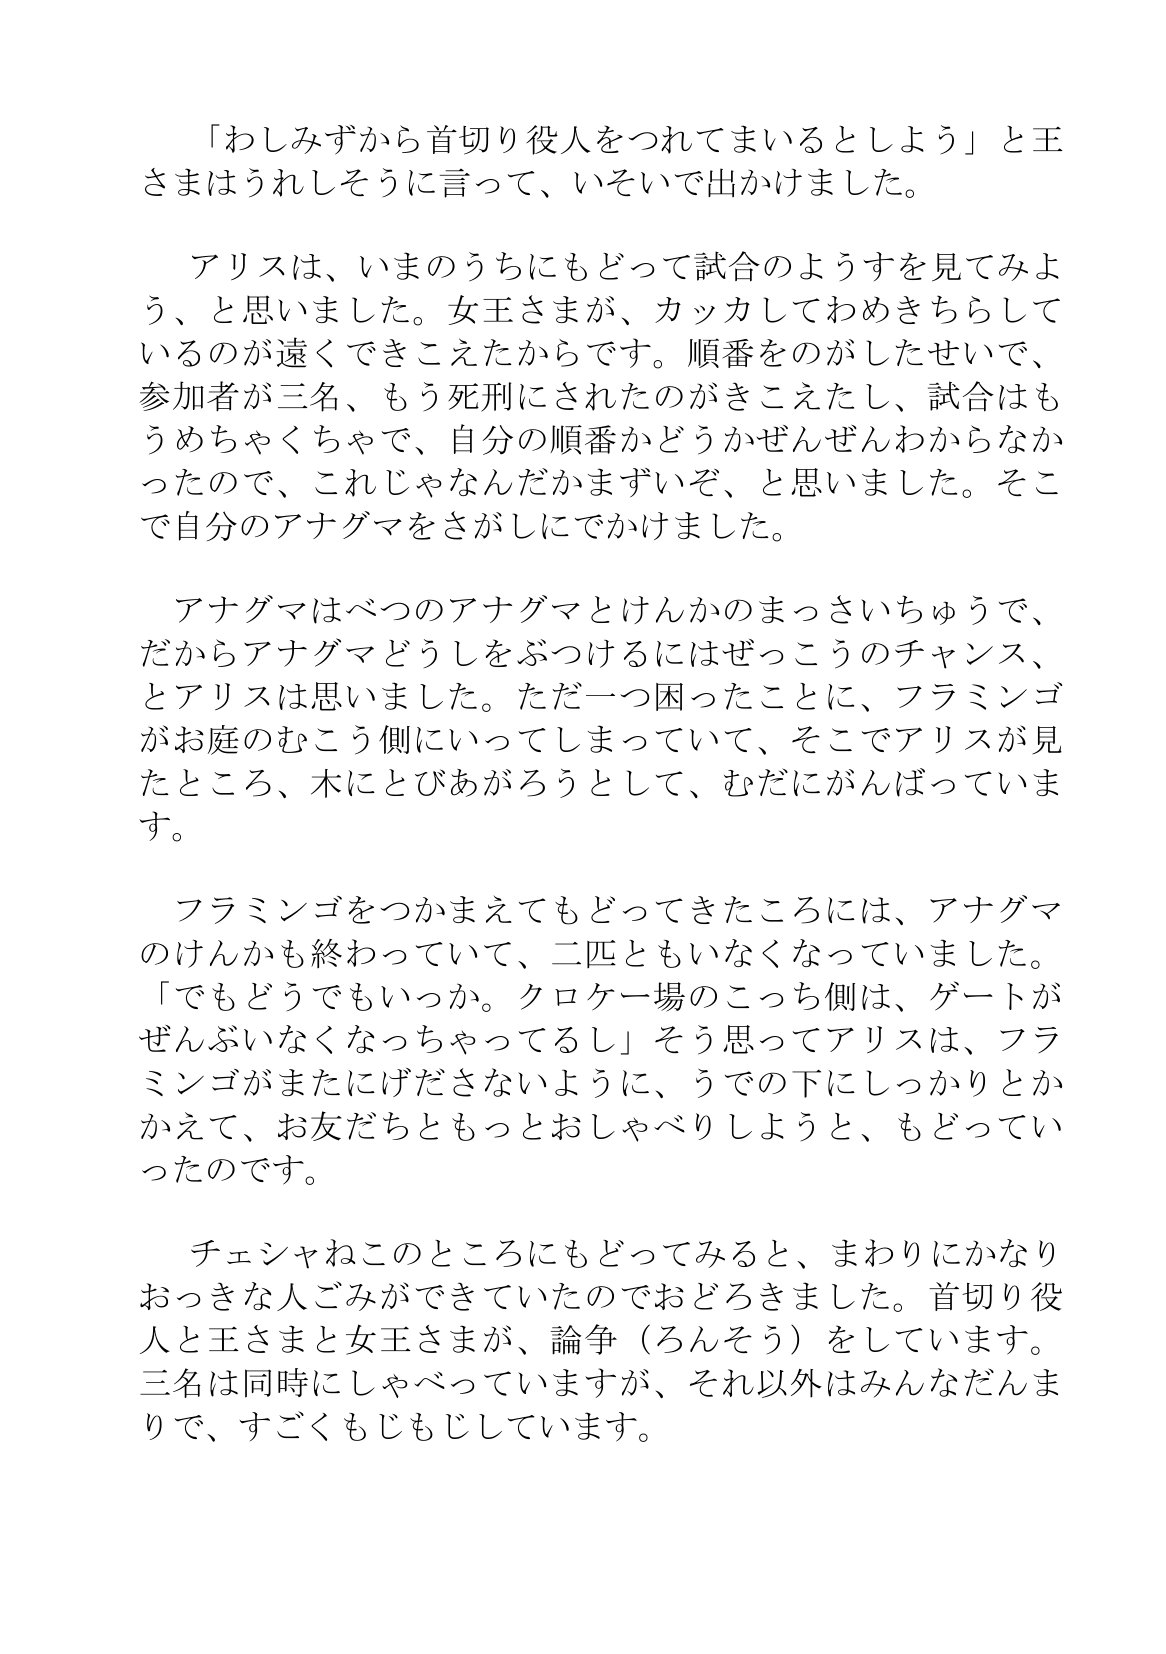
Language: ja